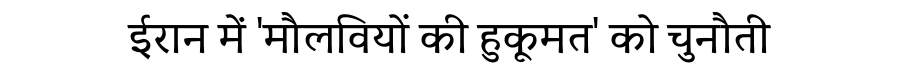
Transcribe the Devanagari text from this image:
ईरान में 'मौलवियों की हुकूमत' को चुनौती